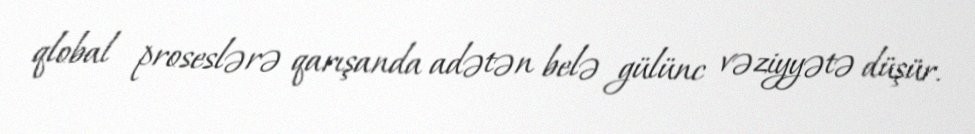
qlobal proseslərə qarışanda adətən belə gülünc vəziyyətə düşür.